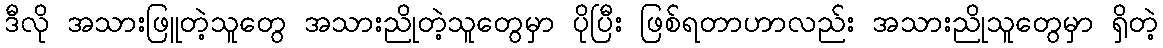
ဒီလို အသားဖြူတဲ့သူတွေ အသားညိုတဲ့သူတွေမှာ ပိုပြီး ဖြစ်ရတာဟာလည်း အသားညိုသူတွေမှာ ရှိတဲ့